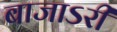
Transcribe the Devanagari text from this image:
बाजाऽरी